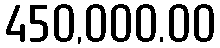
450,000.00